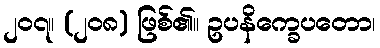
၂၀၇။ (၂၀၈) ဖြစ်၏။ ဥပနိက္ခေပတော၊